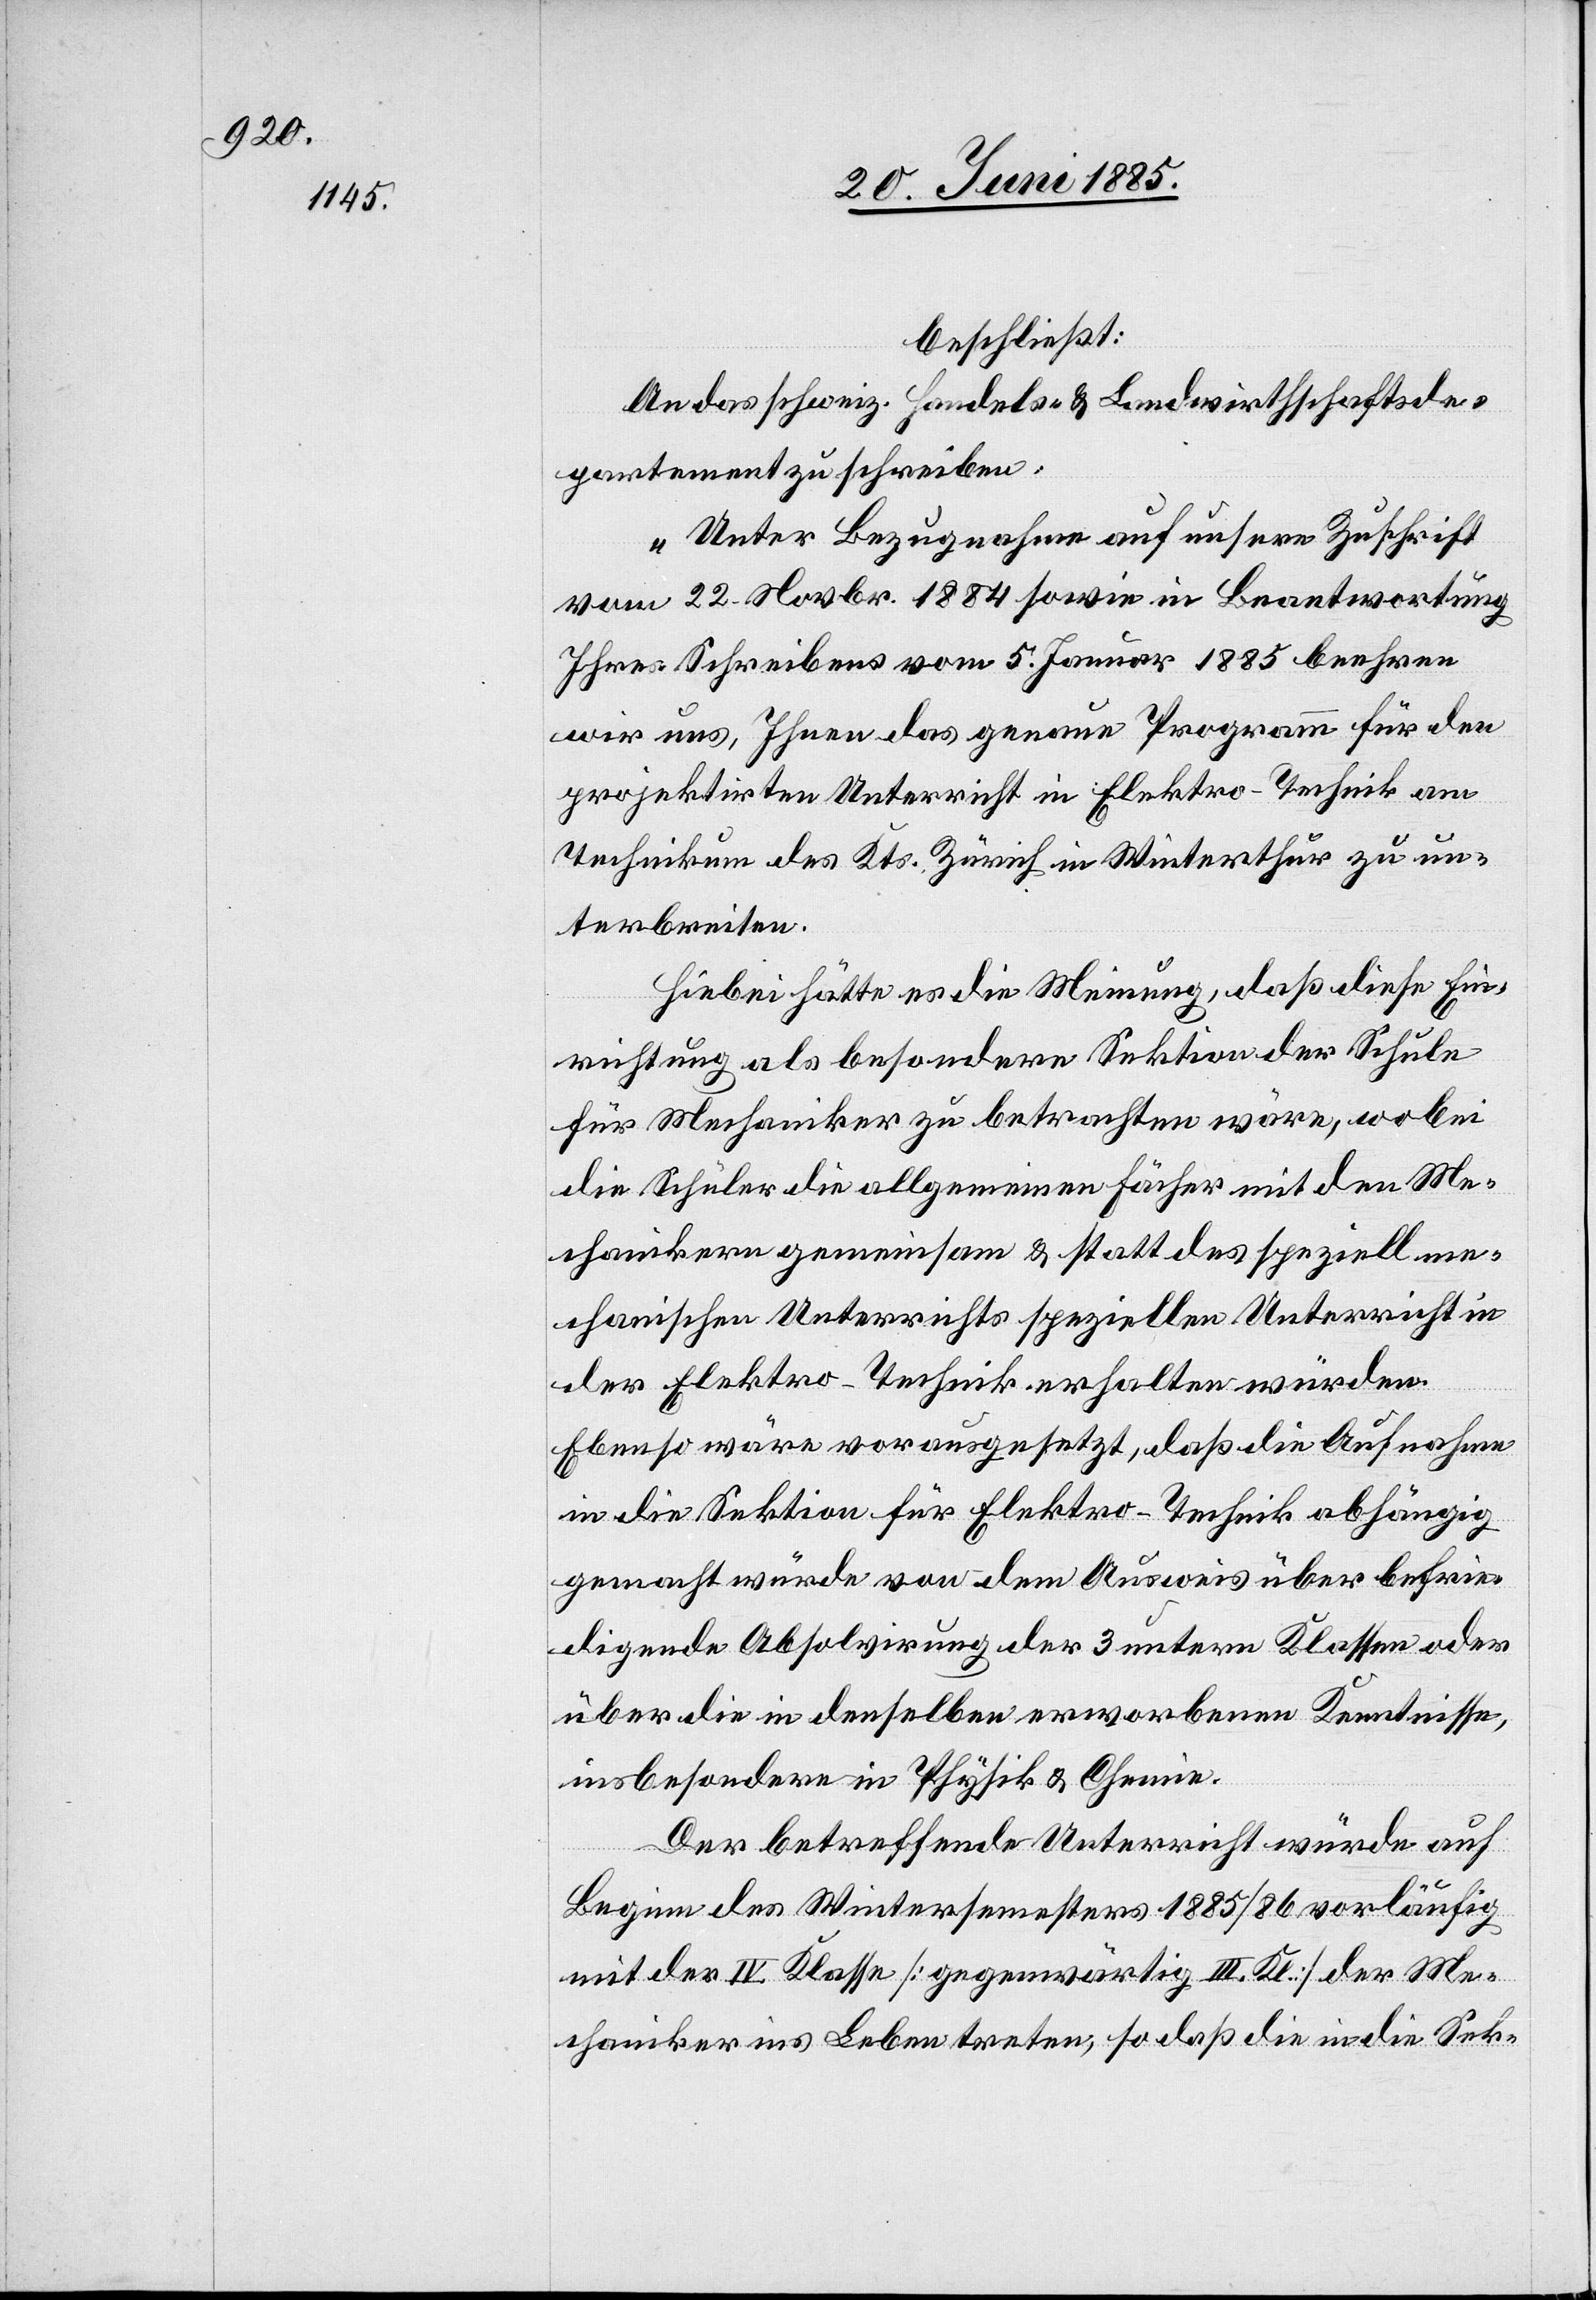
beschließt:
An das schweiz. Handels- & Landwirthschaftsde¬
partement zu schreiben:
„Unter Bezugnahme auf unsere Zuschrift
vom 22. Novbr. 1884 sowie in Beantwortung
Ihres Schreibens vom 5. Januar 1885 beehren
wir uns, Ihnen das genaue Programm für den
projektirten Unterricht in Elektro-Technik am
Technikum des Kts. Zürich in Winterthur zu un¬
terbreiten.
Hiebei hätte es die Meinung, daß diese Ein¬
richtung als besondere Sektion der Schule
für Mechaniker zu betrachten wäre wobe¬
i Schüler die allgemeinen Fächer mit den Me¬
chanikern gemeinsam & statt des speziell me¬
chanischen Unterrichts speziellen Unterricht in
der Elektro-Technik erhalten würden.
Ebenso wäre vorausgesetzt, daß die Aufnahme
in die Sektion für Elektro-Technik abhängig
gemacht würde von dem Ausweis über befrie¬
digende Absolvirung der 3 untern Klassen oder
über die in denselben erworbenen Kenntnisse,
insbesondere in Physik & Chemie.
Der betreffende Unterricht würde auf
Beginn des Wintersemesters 1885 & 86 vorläufig
mit der IV. Klasse [gegenwärtig III. Kl.] der Me¬
chaniker ins Leben treten, so daß die in die Sek-